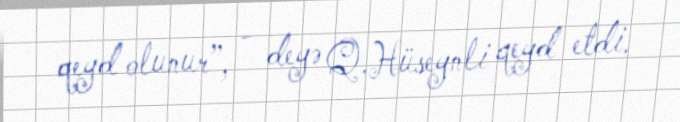
qeyd olunur”, - deyə Q.Hüseynli qeyd etdi.